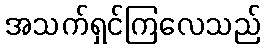
အသက်ရှင်ကြလေသည်